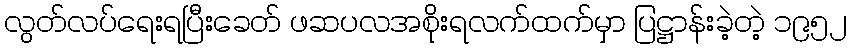
လွတ်လပ်ရေးရပြီးခေတ် ဖဆပလအစိုးရလက်ထက်မှာ ပြဋ္ဌာန်းခဲ့တဲ့ ၁၉၅၂